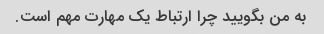
به من بگویید چرا ارتباط یک مهارت مهم است.